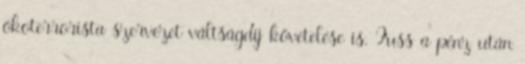
ökoterrorista szervezet váltságdíj követelése is. Fuss a pénz után